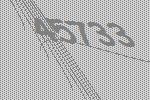
45733